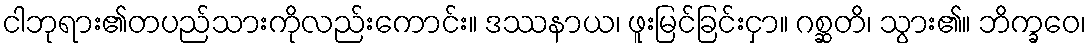
ငါဘုရား၏တပည်သားကိုလည်းကောင်း။ ဒဿနာယ၊ ဖူးမြင်ခြင်းငှာ။ ဂစ္ဆတိ၊ သွား၏။ ဘိက္ခဝေ၊